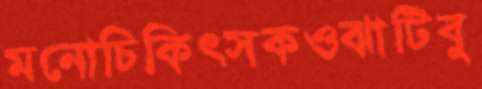
মনোচিকিৎসকওঝাটিবু